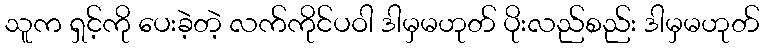
သူက ရှင့်ကို ပေးခဲ့တဲ့ လက်ကိုင်ပဝါ ဒါမှမဟုတ် ပိုးလည်စည်း ဒါမှမဟုတ်